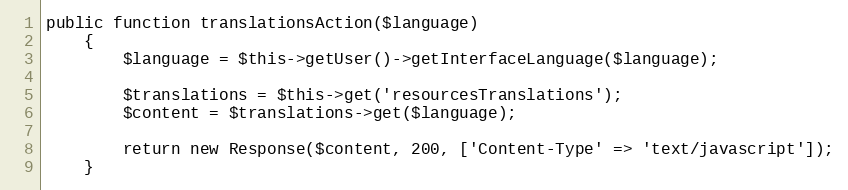
Language: PHP
public function translationsAction($language)
    {
        $language = $this->getUser()->getInterfaceLanguage($language);

        $translations = $this->get('resourcesTranslations');
        $content = $translations->get($language);

        return new Response($content, 200, ['Content-Type' => 'text/javascript']);
    }